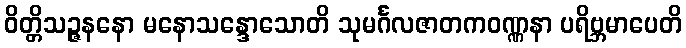
ဝိတ္တိသဉ္ဇနနော မနောသန္ဒောသောတိ သုမင်္ဂလဇာတကဝဏ္ဏနာ ပရိဗ္ဘမာပေတိ